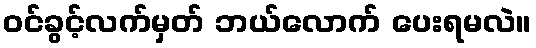
ဝင်ခွင့်လက်မှတ် ဘယ်လောက် ပေးရမလဲ။